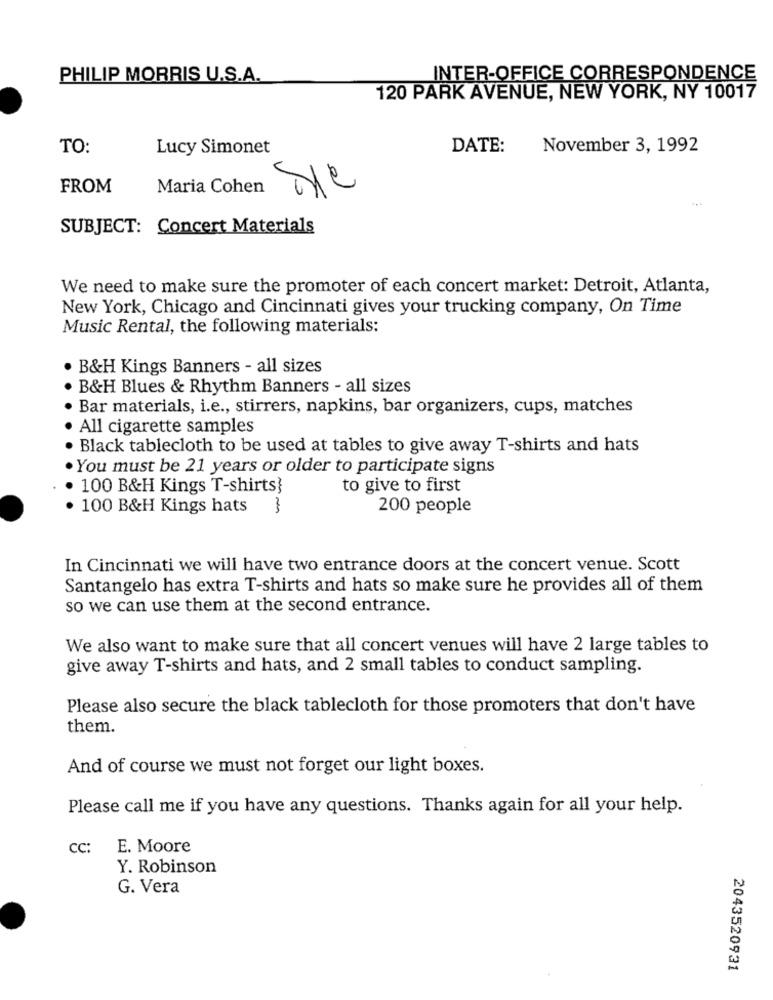
PHILIP MORRIS U.S.A.
INTER-OFFICE CORRESPONDENCE
120 PARK AVENUE, NEW YORK, NY 10017
TO:
Lucy Simonet
DATE:
November 3, 1992
FROM
Maria Cohen
SUBJECT: Concert Materials
We need to make sure the promoter of each concert market: Detroit, Atlanta,
New York, Chicago and Cincinnati gives your trucking company, On Time
Music Rental, the following materials:
B&H Kings Banners - all sizes
B&H Blues & Rhythm Banners - all sizes
Bar materials, i.e ., stirrers, napkins, bar organizers, cups, matches
· All cigarette samples
· Black tablecloth to be used at tables to give away T-shirts and hats
· You must be 21 years or older to participate signs
100 B&H Kings T-shirts}
to give to first
· 100 B&H Kings hats
200 people
In Cincinnati we will have two entrance doors at the concert venue. Scott
Santangelo has extra T-shirts and hats so make sure he provides all of them
so we can use them at the second entrance.
We also want to make sure that all concert venues will have 2 large tables to
give away T-shirts and hats, and 2 small tables to conduct sampling.
Please also secure the black tablecloth for those promoters that don't have
them.
And of course we must not forget our light boxes.
Please call me if you have any questions. Thanks again for all your help.
CC
E. Moore
Y. Robinson
G. Vera
2043520931